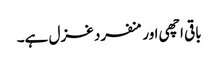
باقی اچھی اور منفرد غزل ہے۔